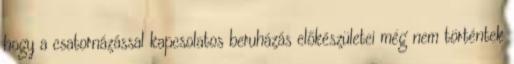
hogy a csatornázással kapcsolatos beruházás előkészületei még nem történtek